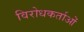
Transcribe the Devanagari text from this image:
विरोधकर्ताओं